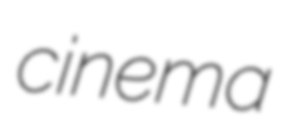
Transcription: cinema